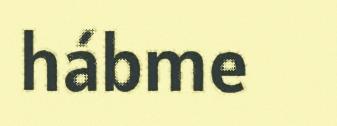
hábme